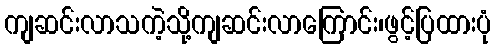
ကျဆင်းလာသကဲ့သို့ကျဆင်းလာကြောင်း၊ဖွင့်ပြထားပုံ